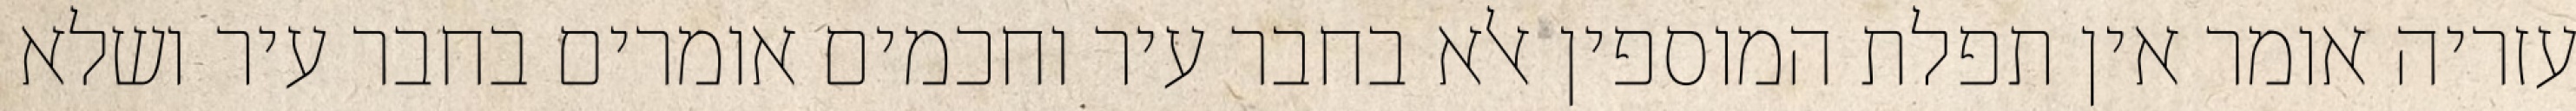
עזריה אומר אין תפלת המוספין אלא בחבר עיר וחכמים אומרים בחבר עיר ושלא